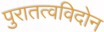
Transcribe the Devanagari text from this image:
पुरातत्वविदोन